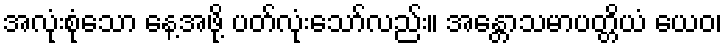
အလုံးစုံသော နေ့အဖို့ ပတ်လုံးသော်လည်း။ အန္တောသမာပတ္တိယံ ယေဝ၊